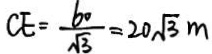
C E = \frac { 6 0 } { \sqrt { 3 } } = 2 0 \sqrt { 3 } m